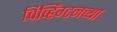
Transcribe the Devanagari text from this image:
चिव्हिंग्टनच्या